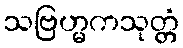
သဗြဟ္မကသုတ္တံ